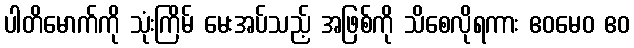
ပါတိမောက်ကို သုံးကြိမ် မေးအပ်သည့် အဖြစ်ကို သိစေလိုရကား ဧဝမေဝ ဧဝ